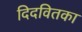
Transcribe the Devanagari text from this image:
दिदवितका